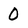
Character: 0